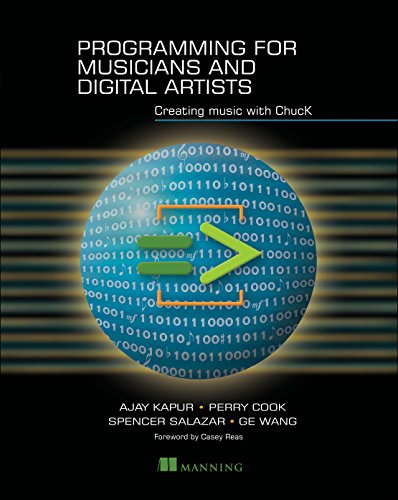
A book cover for Programming for Musicians and Digital Artists: Creating music with ChucK; Ajay Kapur; Computers & Technology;